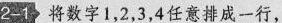
2-1，将数字1，2，3，4任意排成一行，